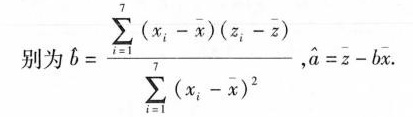
别为 $$b= \frac{\sum _{i=1}^{n}(x_{i}- \overline{x})(z_{i}- \overline{z})}{\sum _{i=1}^{n}(x_{i}- \overline{x})^{2}}$$ ，a $$\widehat{a}= \overline{z}-b \overline{x}.$$